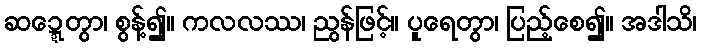
ဆဍ္ဍေတွာ၊ စွန့်၍။ ကလလဿ၊ ညွန်ဖြင့်။ ပူရေတွာ၊ ပြည့်စေ၍။ အဒါသိ၊